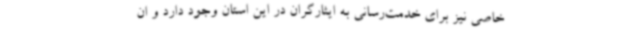
خاصی نیز برای خدمت‌رسانی به ایثارگران در این استان وجود دارد و ان